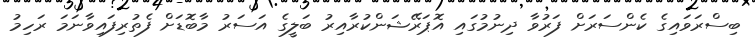
ބިސްރަވައިގެ ކެންސަރަށް ފަރުވާ ދިނުމުގައި އޮޕަރޭޝަންކުރާއިރު ބަލީގެ އަސަރު މާބޮޑަށް ފެތުރިފައިވާނަމަ ރަހިމު